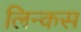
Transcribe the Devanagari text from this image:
लिन्कस